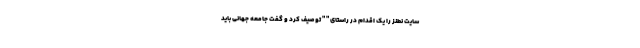
سایت نطنز را یک اقدام در راستای " " توصیف کرد و گفت جامعه جهانی باید